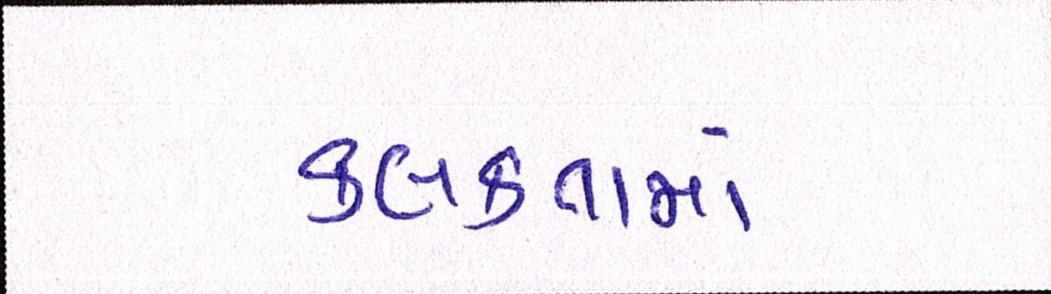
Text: કલકતામાં